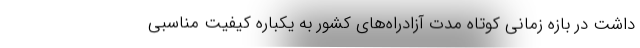
داشت در بازه زمانی کوتاه مدت آزادراه‌های کشور به یکباره کیفیت مناسبی